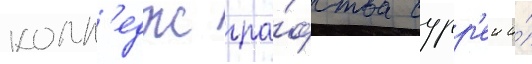
колл'едж гра́фства сурр'еи и́